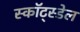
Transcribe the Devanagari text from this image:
स्कॉट्स्डेल